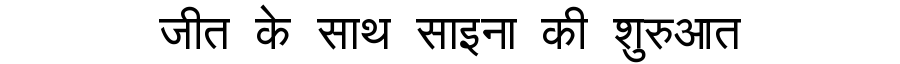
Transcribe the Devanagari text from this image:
जीत के साथ साइना की शुरुआत